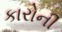
કારોની